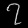
Digit: ၇